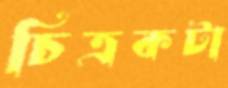
চিত্রকটা